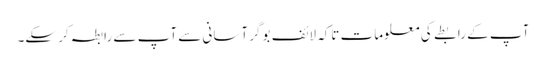
آپ کے رابطے کی معلومات تاکہ لائف بوگر آسانی سے آپ سے رابطہ کر سکے۔